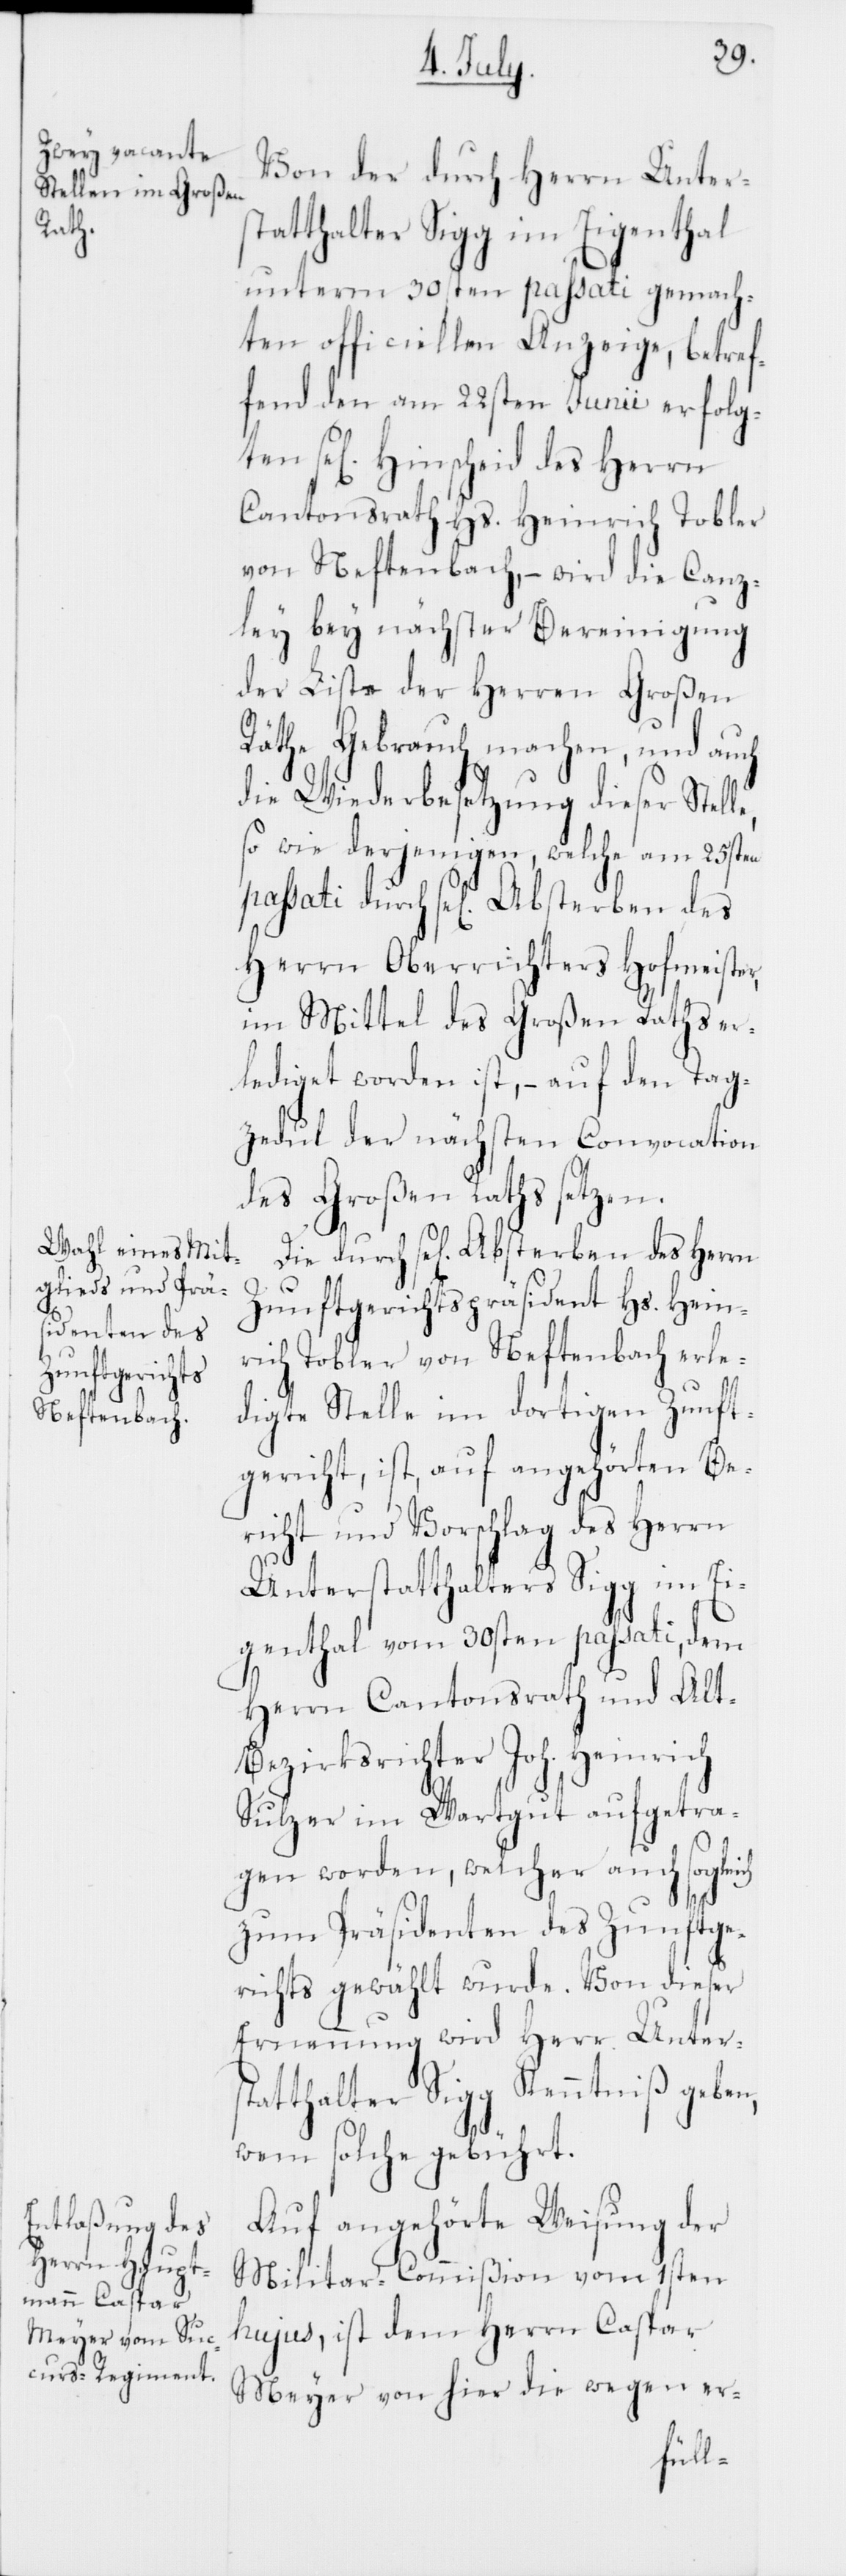
Von der durch Herrn Unter¬
statthalter Sigg im Eigenthal
unterm 30sten passati gemach¬
ten officiellen Anzeige, betref¬
fend den am 22sten Junii erfolg¬
ten sel. Hinscheid des Herrn
Cantonsrath Hs. Heinrich Tobler
von Neftenbach, – wird die Canz¬
ley bey nächster Bereinigung
der Liste der Herren Großen
Räthe Gebrauch machen, und auch
die Wiederbesetzung dieser Stell¬
so wie derjenigen, welche am 25sten
passati durch sel. Absterben des
Herrn Oberrichters Hofmeister,
im Mittel des Großen Raths er¬
lediget worden ist, – auf den Tag¬
zedul der nächsten Convocation
des Großen Raths setzen.
Die durch sel. Absterben des Herrn
Zunftgerichtspräsident Hs. Hein¬
rich Tobler von Neftenbach erle¬
digte Stelle im dortigen Zunft¬
gericht, ist, auf angehörten Be¬
richt und Vorschlag des Herrn
Unterstatthalters Sigg im Ei¬
genthal vom 30sten passati, dem
Herrn Cantonsrath und Alt-B¬
ezirksrichter Joh. Heinrich
Sulzer im Wartgut aufgetra¬
uch
gen worden, welcher a¬
zum Präsidenten des Zunftge¬
richts gewählt wurde. Von dieser
Ernennung wird Herr Unters¬
tatthalter Sigg Kenntniß geben,
wem solche gebührt.
Auf angehörte Weisung der
Militar-Commißion vom 1sten
hujus, ist dem Herrn Caspar
Meyer von hier die wegen er-